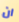
ان